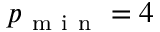
p _ { \mathrm { ~ m ~ i ~ n ~ } } = 4